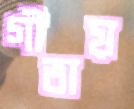
গীতায়